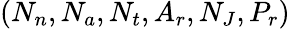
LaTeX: (N_{n},N_{a},N_{t},A_{r},N_{J},P_{r})